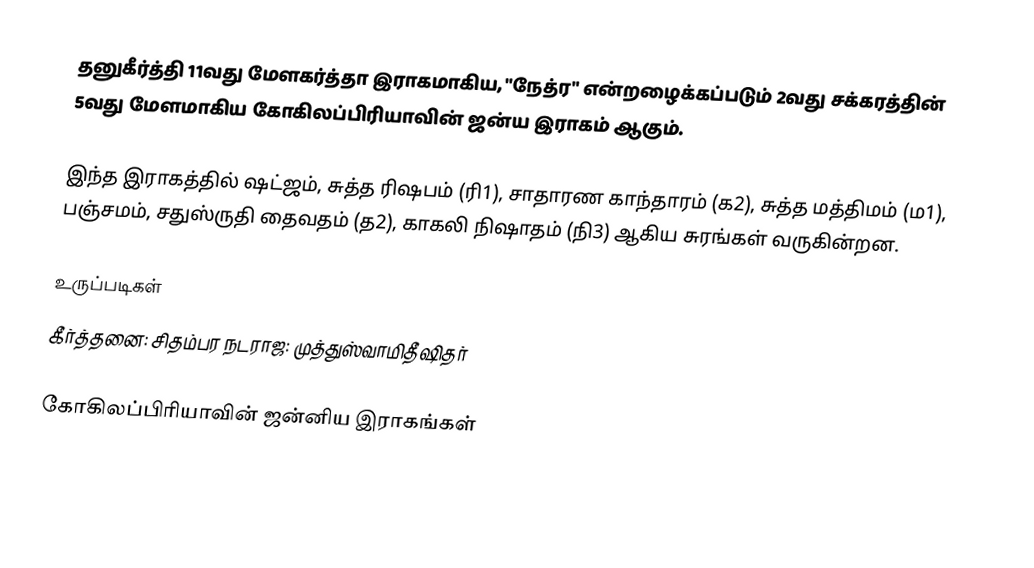
தனுகீர்த்தி 11வது மேளகர்த்தா இராகமாகிய, "நேத்ர" என்றழைக்கப்படும் 2வது சக்கரத்தின் 5வது மேளமாகிய கோகிலப்பிரியாவின் ஜன்ய இராகம் ஆகும்.

 இந்த இராகத்தில் ஷட்ஜம், சுத்த ரிஷபம் (ரி1),  சாதாரண காந்தாரம் (க2), சுத்த மத்திமம் (ம1), பஞ்சமம்,  சதுஸ்ருதி தைவதம் (த2), காகலி நிஷாதம்  (நி3) ஆகிய சுரங்கள் வருகின்றன.

உருப்படிகள்
 கீர்த்தனை: சிதம்பர நடராஜ: முத்துஸ்வாமிதீஷிதர்

கோகிலப்பிரியாவின் ஜன்னிய இராகங்கள்